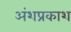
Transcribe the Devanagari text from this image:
अंशप्रकाश